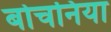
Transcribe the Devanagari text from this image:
बोचनिया